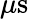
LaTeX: \mu\mathrm{s}